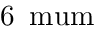
6 \, \mathrm { \ m u m }